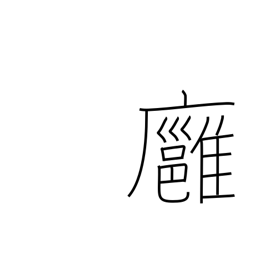
Meaning: mild